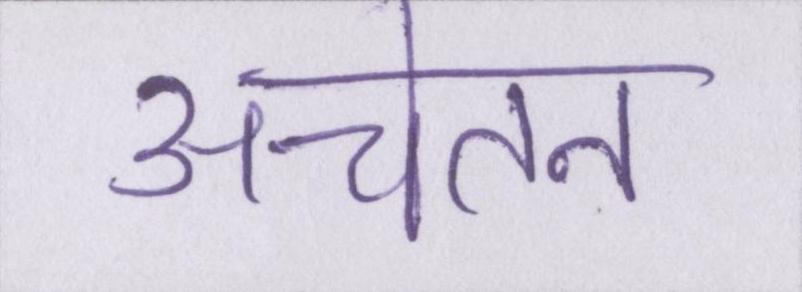
अचेतन